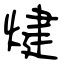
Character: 煡